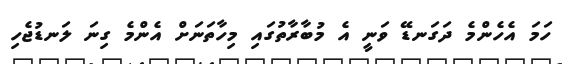
ހަމަ އެހެންމެ ދަގަނޑޭ ވަނީ އެ މުބާރާތުގައި މިހާތަނަށް އެންމެ ގިނަ ލަނޑުޖެހި